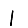
Digit: 1